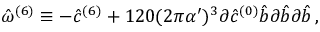
\hat { \omega } ^ { ( 6 ) } \equiv - { \hat { c } } ^ { ( 6 ) } + 1 2 0 ( 2 \pi \alpha ^ { \prime } ) ^ { 3 } \partial { \hat { c } } ^ { ( 0 ) } { \hat { b } } \partial { \hat { b } } \partial { \hat { b } } \, ,